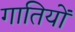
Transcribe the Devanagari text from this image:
गातियों